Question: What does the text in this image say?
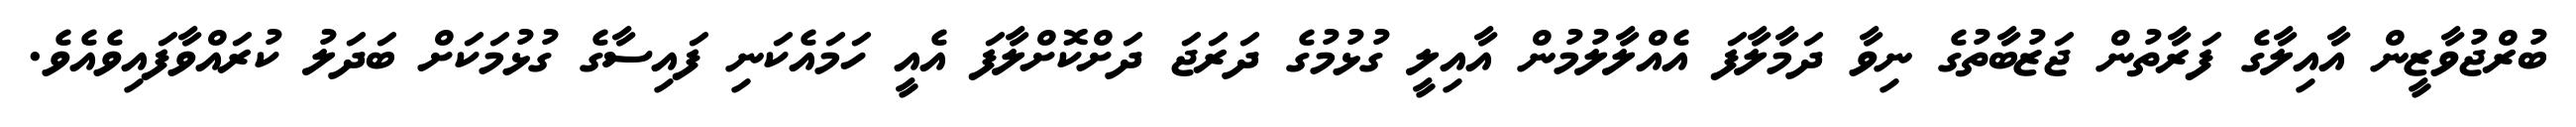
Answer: ބުރްޖުވާޒީން އާއިލާގެ ފަރާތުން ޖަޒުބާތުގެ ނިވާ ދަމާލާފަ އެއްލާލުމުން އާއިލީ ގުޅުމުގެ ދަރަޖަ ދަށްކޮށްލާފަ އެއީ ހަމައެކަނި ފައިސާގެ ގުޅުމަކަށް ބަދަލު ކުރައްވާފައިވެއެވެ.